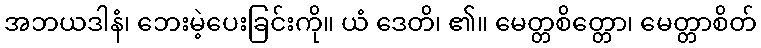
အဘယဒါနံ၊ ဘေးမဲ့ပေးခြင်းကို။ ယံ ဒေတိ၊ ၏။ မေတ္တစိတ္တော၊ မေတ္တာစိတ်